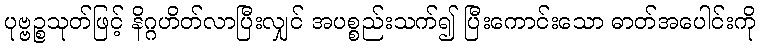
ပုဗ္ဗဉ္စသုတ်ဖြင့် နိဂ္ဂဟိတ်လာပြီးလျှင် အပစ္စည်းသက်၍ ပြီးကောင်းသော ဓာတ်အပေါင်းကို